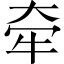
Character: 牵